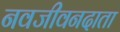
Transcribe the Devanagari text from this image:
नवजीवनदाता